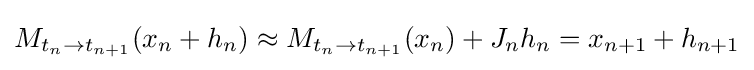
M_{t_{n}\to t_{n+1}}(x_{n}+h_{n})\approx M_{t_{n}\to t_{n+1}}(x_{n})+J_{n}h_{n}=x_{n+1}+h_{n+1}